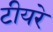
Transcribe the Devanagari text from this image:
टीयरे